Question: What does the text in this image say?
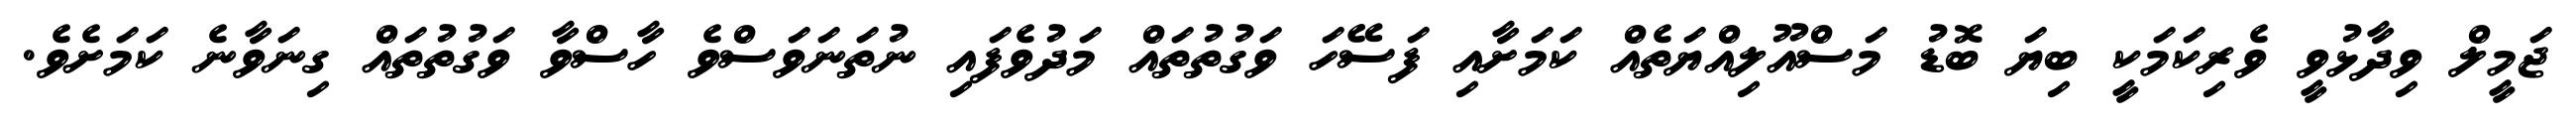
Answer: ޖަމީލް ވިދާޅުވީ ވެރިކަމަކީ ބިޔަ ބޮޑު މަސްއޫލިއްޔަތެއް ކަމަށާއި ފަސޭހަ ވަގުތުތައް މަދުވެފައި ނުތަނަވަސްވެ ހާސްވާ ވަގުތުތައް ގިނަވާނެ ކަމަށެވެ.